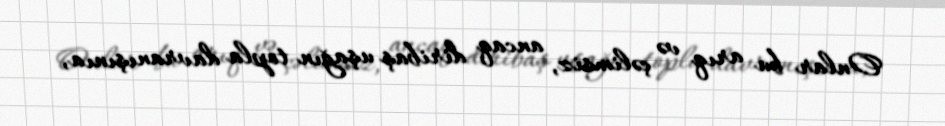
Onlar bu arıq və çəlimsiz, ancaq diribaş uşağın topla davranışınıa,